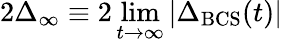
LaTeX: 2\Delta_{\infty}\equiv 2\operatorname*{lim}_{t\to\infty}|\Delta_{\mathrm{BCS}}(t)|